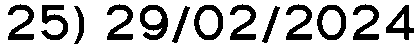
25) 29/02/2024